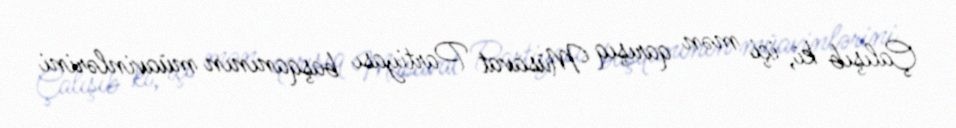
Çalışıb ki, içi mən qarışıq Müsavat Partiyası başqanının müavinlərini